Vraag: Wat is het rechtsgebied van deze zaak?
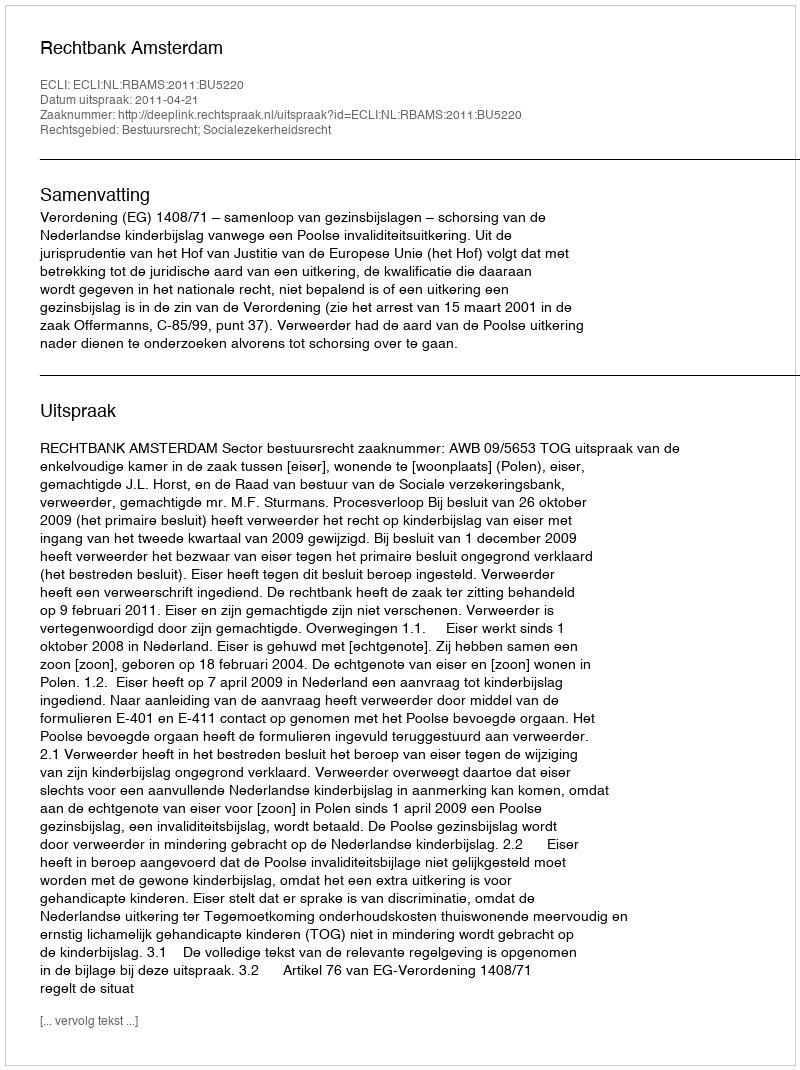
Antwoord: Bestuursrecht; Socialezekerheidsrecht